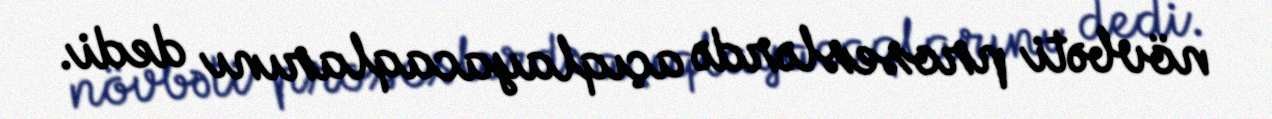
növbəti proseslərdə açıqlayacaqlarını dedi.